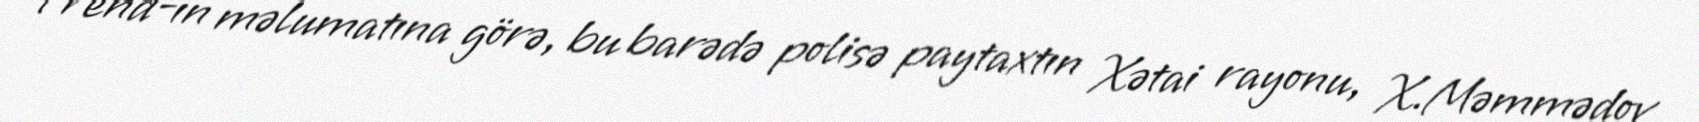
Trend-in məlumatına görə, bu barədə polisə paytaxtın Xətai rayonu, X.Məmmədov